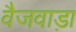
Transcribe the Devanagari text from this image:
वैजवाड़ा